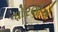
ધોરણોએ